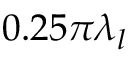
0 . 2 5 \pi \lambda _ { l }